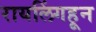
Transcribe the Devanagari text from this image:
रायलिंगहून